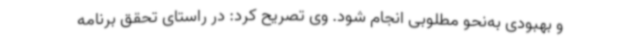
و بهبودی به‌نحو مطلوبی انجام شود. وی تصریح کرد: در راستای تحقق برنامه